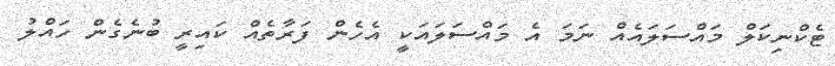
ޓެކްނިކަލް މައްސަލައެއް ނަމަ އެ މައްސަލައަކީ އެހެން ފަރާތެއް ކައިރީ ބުނެގެން ހައްލު